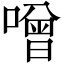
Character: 噌